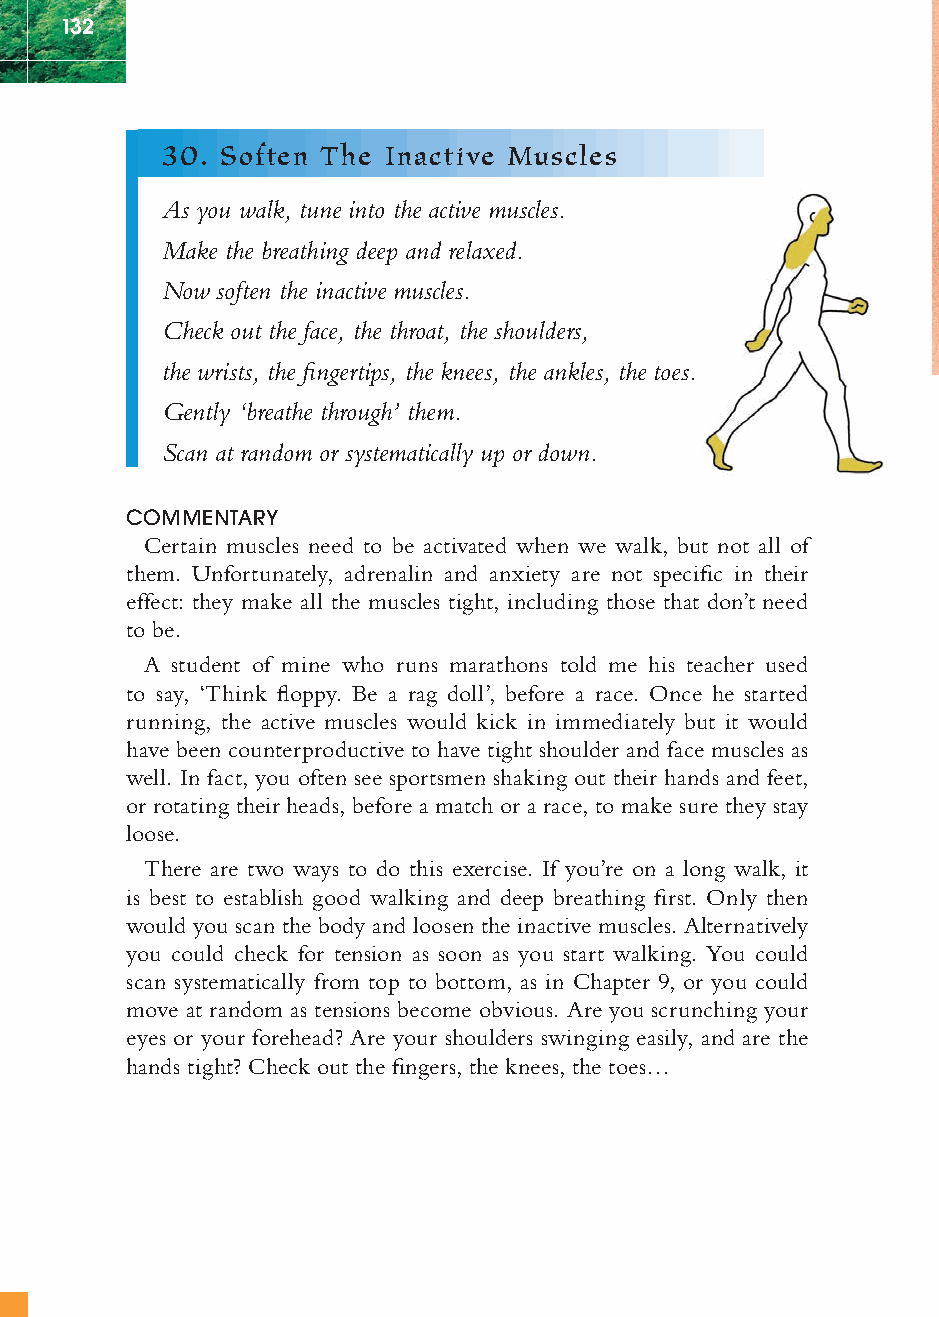
132
 30. Soften The Inactive Muscles
 As you walk, tune into the active muscles.
 Make the breathing deep and relaxed.
 Now soften the inactive muscles.
 Check out the face, the throat, the shoulders,
 the wrists, the fi ngertips, the knees, the ankles, the toes.
 Gently ‘breathe through’ them.
 Scan at random or systematically up or down.
 COMMENTARY
 Certain muscles need to be activated when we walk, but not all of
 them. Unfortunately, adrenalin and anxiety are not specifi c in their
 effect: they make all the muscles tight, including those that don’t need
 to be.
 A student of mine who runs marathons told me his teacher used
 to say, ‘Think fl oppy. Be a rag doll’, before a race. Once he started
 running, the active muscles would kick in immediately but it would
 have been counterproductive to have tight shoulder and face muscles as
 well. In fact, you often see sportsmen shaking out their hands and feet,
 or rotating their heads, before a match or a race, to make sure they stay
 loose.
 There are two ways to do this exercise. If you’re on a long walk, it
 is best to establish good walking and deep breathing fi rst. Only then
 would you scan the body and loosen the inactive muscles. Alternatively
 you could check for tension as soon as you start walking. You could
 scan systematically from top to bottom, as in Chapter 9, or you could
 move at random as tensions become obvious. Are you scrunching your
 eyes or your forehead? Are your shoulders swinging easily, and are the
 hands tight? Check out the fi ngers, the knees, the toes…
 ffiivvee__220000667788..iinndddd SSeecc11::113366   3300//55//0055 55::0055::4422 PPMM